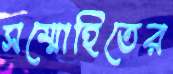
সম্মোহিতের